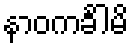
နာဝကင်္ခါမိ